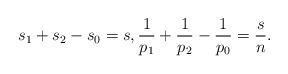
LaTeX: \begin{align*} s_1+s_2-s_0=s,\frac{1}{p_1}+\frac{1}{p_2}-\frac{1}{p_0}=\frac{s}{n}. \end{align*}